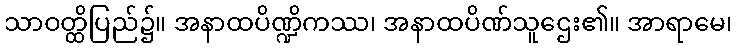
သာဝတ္ထိပြည်၌။ အနာထပိဏ္ဍိကဿ၊ အနာထပိဏ်သူဌေး၏။ အာရာမေ၊